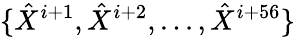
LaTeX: \{ \hat{X}^{i+1},\hat{X}^{i+2},...,\hat{X}^{i+56}\}